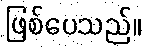
ဖြစ်ပေသည်။